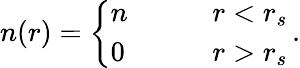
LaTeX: n(r)=\left\{ \begin{array}{ll}{n\qquad}&{r<r_{s}}\\ {0}&{r>r_{s}}\end{array}\right.\, .